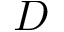
{ \cal D }